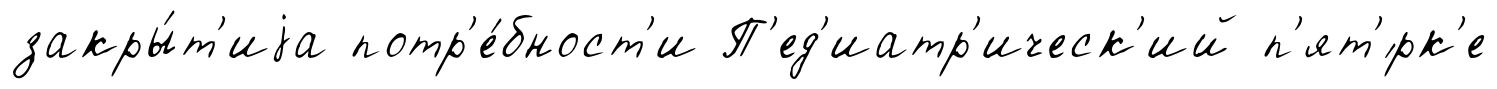
закры́т'иjа потр'е́бност'и П'ед'иатр'ическ'ий п'ят'́рк'е